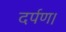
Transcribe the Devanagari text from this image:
दर्पण।